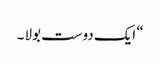
“ ایک دوست بولا ۔